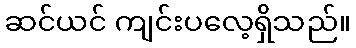
ဆင်ယင် ကျင်းပလေ့ရှိသည်။